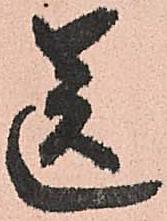
送